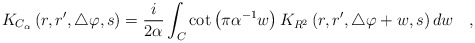
\begin{align*}K_{C_{\alpha}}\left(r,r',\triangle\varphi,s\right)={i\over 2\alpha} \int_{C} \cot \left(\pi \alpha^{-1} w\right)K_{R^2}\left(r,r',\triangle\varphi +w,s\right) dw~~~,\end{align*}